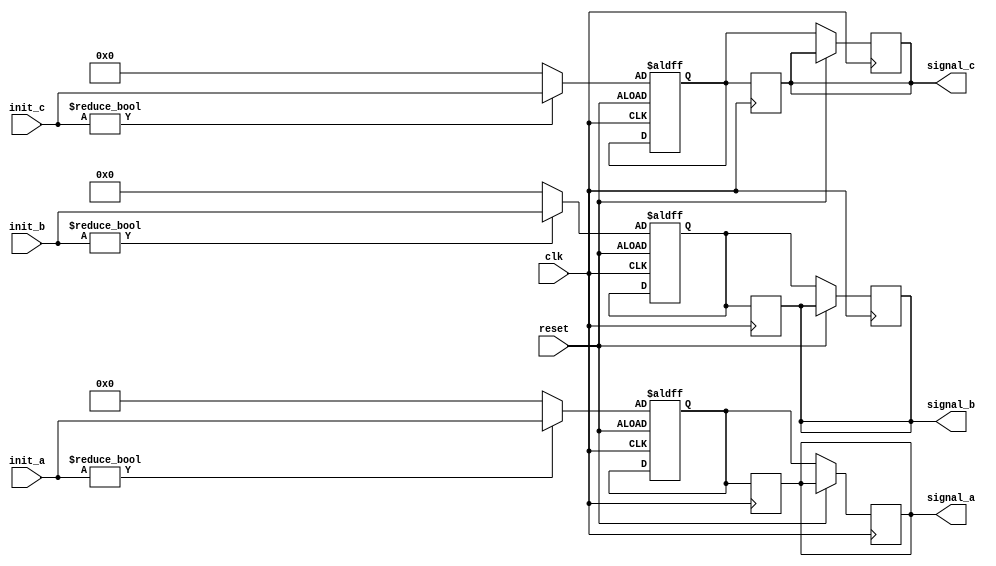
module ConfigurableInitialConditions #(
    parameter integer INIT_VALUE_A = 8'd0, // Initial value for signal A
    parameter integer INIT_VALUE_B = 16'd0, // Initial value for signal B
    parameter integer INIT_VALUE_C = 32'd0  // Initial value for signal C
)(
    input wire clk,              // Clock signal
    input wire reset,            // Reset signal
    input wire [7:0] init_a,     // User-defined initial value for A
    input wire [15:0] init_b,    // User-defined initial value for B
    input wire [31:0] init_c,    // User-defined initial value for C
    output reg [7:0] signal_a,   // Output signal A
    output reg [15:0] signal_b,  // Output signal B
    output reg [31:0] signal_c   // Output signal C
);

    // Internal state variables
    reg [7:0] internal_a;
    reg [15:0] internal_b;
    reg [31:0] internal_c;

    // Initialization logic
    always @(posedge clk or posedge reset) begin
        if (reset) begin
            // Reset to user-defined initial conditions or default parameters
            internal_a <= init_a != 8'd0 ? init_a : INIT_VALUE_A;
            internal_b <= init_b != 16'd0 ? init_b : INIT_VALUE_B;
            internal_c <= init_c != 32'd0 ? init_c : INIT_VALUE_C;
        end
        else begin
            // Maintain current state
            signal_a <= internal_a;
            signal_b <= internal_b;
            signal_c <= internal_c;
        end
    end

    // Assign internal state to output signals
    always @(posedge clk) begin
        signal_a <= internal_a;
        signal_b <= internal_b;
        signal_c <= internal_c;
    end

endmodule